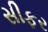
સીફર